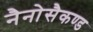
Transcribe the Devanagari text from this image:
नैनोसैकण्ड